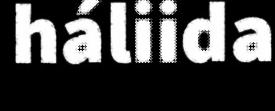
háliida